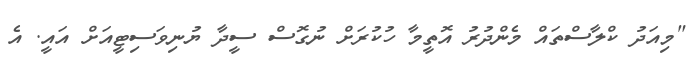
"މިއަދު ކްލާސްތައް މެންދުރު އޮތީމާ ހުކުރަށް ނުގޮސް ސީދާ ޔުނިވަސިޓީއަށް އައީ. އެ